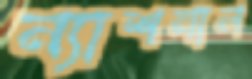
ন্যাশনাল